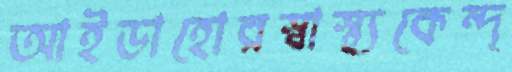
আইডাহোরস্বাস্থ্যকেন্দ্